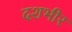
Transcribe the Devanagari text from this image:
दशभीर